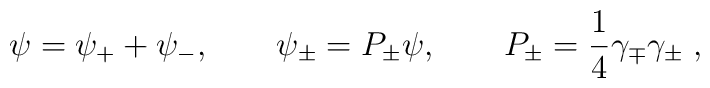
\psi = \psi_+ + \psi_- , \qquad \psi_{\pm} = P_{\pm} \psi , \qquad   P_{\pm} = \frac{1}{4}\gamma_{\mp}\gamma_{\pm} \; ,